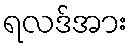
ရလဒ်အား